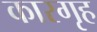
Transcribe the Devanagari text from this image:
कारगृह